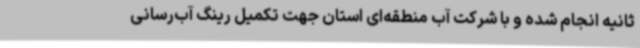
ثانیه انجام شده و با شرکت آب منطقه‌ای استان جهت تکمیل رینگ آب‌رسانی